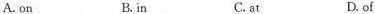
A.on B.in C.at D.of